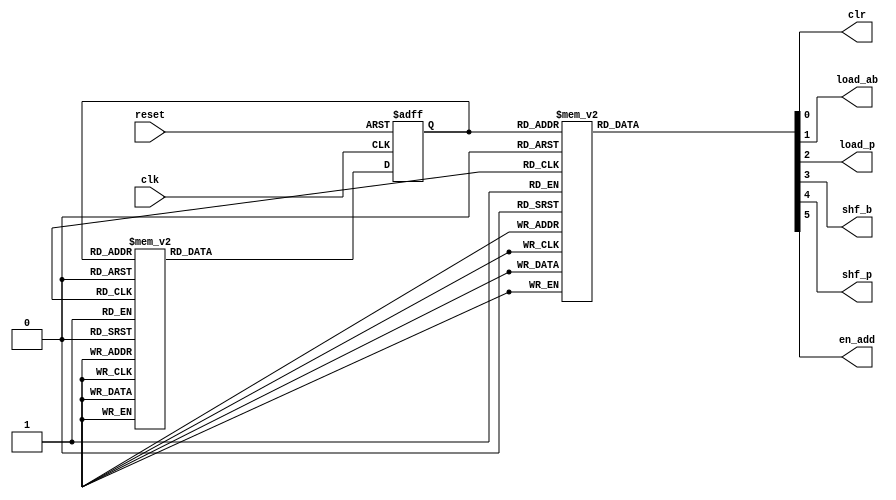
module fsm(reset, clk, clr, load_ab, load_p, shf_b, shf_p, en_add);

input	reset, clk;
output	clr, load_ab, load_p, shf_b, shf_p, en_add;
reg		clr, load_ab, load_p, shf_b, shf_p, en_add;
reg[4:0]	cs, nexts;

parameter s_clr = 			5'b00000,
          s_load_ab = 		5'b00001,
			 s_en_add1 = 		5'b00010,
			 s_load_p1 = 		5'b00011,
			 s_shf_p1 = 		5'b00100,
			 s_shf_b1 = 		5'b00101,
			 s_en_add2 = 		5'b00110,
			 s_load_p2 = 		5'b00111,
			 s_shf_p2 = 		5'b01000,
			 s_shf_b2 = 		5'b01001,
			 s_en_add3 = 		5'b01010,
			 s_load_p3 = 		5'b01011,
			 s_shf_p3 = 		5'b01100,
			 s_shf_b3 = 		5'b01101,
			 s_en_add4 = 		5'b01110,
			 s_load_p4 = 		5'b01111,
			 s_shf_p4 =			5'b10000,
			 s_wait =			5'b10001;

always @ (posedge clk or posedge reset)
begin
	if(reset) cs <= s_clr;
	else cs <= nexts;
end

always @ (cs)
begin
	case(cs)
		s_clr	:			nexts = s_load_ab;		
		s_load_ab :			nexts = s_en_add1;		
		s_en_add1 :			nexts = s_load_p1;
		s_load_p1 :			nexts = s_shf_p1;
		s_shf_p1 :			nexts = s_shf_b1;
		s_shf_b1 :			nexts = s_en_add2;
		s_en_add2 :			nexts = s_load_p2;
		s_load_p2 :			nexts = s_shf_p2;
		s_shf_p2 :			nexts = s_shf_b2;
		s_shf_b2 :			nexts = s_en_add3;
		s_en_add3 :			nexts = s_load_p3;
		s_load_p3 :			nexts = s_shf_p3;
		s_shf_p3 :			nexts = s_shf_b3;
		s_shf_b3 :			nexts = s_en_add4;
		s_en_add4 :			nexts = s_load_p4;
		s_load_p4 :			nexts = s_shf_p4;
		s_shf_p4:			nexts = s_wait;
		s_wait:				nexts = s_wait;
		
		default :			nexts = s_clr;
	endcase
end

always @ (cs)
begin
	case(cs)
		s_clr:
		begin
			clr = 1;
			load_ab = 0;
			load_p = 0;
			shf_b = 0;
			shf_p = 0;
			en_add = 0;
		end
		s_load_ab:
		begin
			clr = 0;
			load_ab = 1;
			load_p = 0;
			shf_b = 0;
			shf_p = 0;
			en_add = 0;
		end
		s_en_add1:
		begin
			clr = 0;
			load_ab = 0;
			load_p = 0;
			shf_b = 0;
			shf_p = 0;
			en_add = 1;
		end
		s_load_p1:
		begin
			clr = 0;
			load_ab = 0;
			load_p = 1;
			shf_b = 0;
			shf_p = 0;
			en_add = 0;
		end
		s_shf_p1:
		begin
			clr = 0;
			load_ab = 0;
			load_p = 0;
			shf_b = 0;
			shf_p = 1;
			en_add = 0;
		end
		s_shf_b1:
		begin
			clr = 0;
			load_ab = 0;
			load_p = 0;
			shf_b = 1;
			shf_p = 0;
			en_add = 0;
		end
		s_en_add2:
		begin
			clr = 0;
			load_ab = 0;
			load_p = 0;
			shf_b = 0;
			shf_p = 0;
			en_add = 1;
		end
		s_load_p2:
		begin
			clr = 0;
			load_ab = 0;
			load_p = 1;
			shf_b = 0;
			shf_p = 0;
			en_add = 0;
		end
		s_shf_p2:
		begin
			clr = 0;
			load_ab = 0;
			load_p = 0;
			shf_b = 0;
			shf_p = 1;
			en_add = 0;
		end
		s_shf_b2:
		begin
			clr = 0;
			load_ab = 0;
			load_p = 0;
			shf_b = 1;
			shf_p = 0;
			en_add = 0;
		end
		s_en_add3:
		begin
			clr = 0;
			load_ab = 0;
			load_p = 0;
			shf_b = 0;
			shf_p = 0;
			en_add = 1;
		end
		s_load_p3:
		begin
			clr = 0;
			load_ab = 0;
			load_p = 1;
			shf_b = 0;
			shf_p = 0;
			en_add = 0;
		end
		s_shf_p3:
		begin
			clr = 0;
			load_ab = 0;
			load_p = 0;
			shf_b = 0;
			shf_p = 1;
			en_add = 0;
		end
		s_shf_b3:
		begin
			clr = 0;
			load_ab = 0;
			load_p = 0;
			shf_b = 1;
			shf_p = 0;
			en_add = 0;
		end
		s_en_add4:
		begin
			clr = 0;
			load_ab = 0;
			load_p = 0;
			shf_b = 0;
			shf_p = 0;
			en_add = 1;
		end
		s_load_p4:
		begin
			clr = 0;
			load_ab = 0;
			load_p = 1;
			shf_b = 0;
			shf_p = 0;
			en_add = 0;
		end
		s_shf_p4:
		begin
			clr = 0;
			load_ab = 0;
			load_p = 0;
			shf_b = 0;
			shf_p = 1;
			en_add = 0;
		end
		s_wait:
		begin
			clr = 0;
			load_ab = 0;
			load_p = 0;
			shf_b = 0;
			shf_p = 0;
			en_add = 0;
		end
		default:
		begin
			clr = 0;
			load_ab = 0;
			load_p = 0;
			shf_b = 0;
			shf_p = 0;
			en_add = 0;
		end
	endcase
end

endmodule